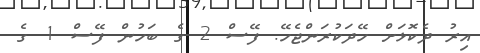
އިރު ދެކޮޅަށް ހޭދަކުރަންޖެހޭ. ފޭސް 2 ގެ ބަހުން ފޭސް 1 ގެ